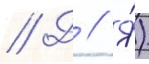
// Д // Я́)